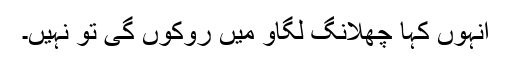
انہوں کہا چھلانگ لگاو میں روکوں گی تو نہیں۔